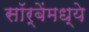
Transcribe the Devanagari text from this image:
सॉर्बेंमध्ये